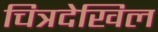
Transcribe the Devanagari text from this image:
चित्रदेखिल